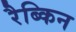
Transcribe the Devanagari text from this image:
रैब्किन